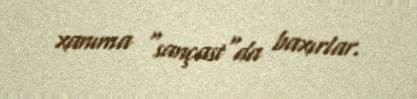
xanıma "sançast"da baxırlar.